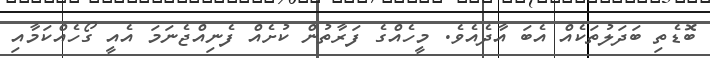
ބޮޑެތި ބަދަލުތަކެއް އެބަ އާދެއެވެ. މީހެއްގެ ފަރާތުން ކުށެއް ފެނިއްޖެނަމަ އެއީ ގޯހެއްކަމާއި